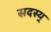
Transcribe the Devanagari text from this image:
सदस्य्